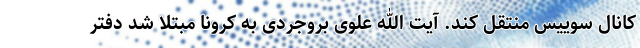
کانال سوییس منتقل کند. آیت الله علوی بروجردی به کرونا مبتلا شد دفتر